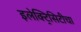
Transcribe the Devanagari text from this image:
इलेक्ट्रिसिटीचा